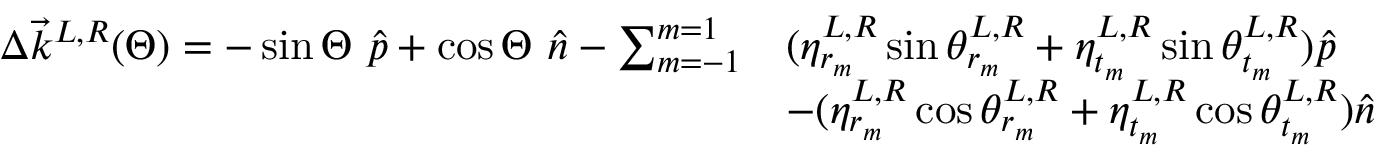
\begin{array} { r l } { \Delta \Vec { k } ^ { L , R } ( \Theta ) = - \sin \Theta \ \hat { p } + \cos \Theta \ \hat { n } - \sum _ { m = - 1 } ^ { m = 1 } } & { ( \eta _ { r _ { m } } ^ { L , R } \sin \theta _ { r _ { m } } ^ { L , R } + \eta _ { { t _ { m } } } ^ { L , R } \sin \theta _ { t _ { m } } ^ { L , R } ) \hat { p } } \\ & { - ( \eta _ { r _ { m } } ^ { L , R } \cos \theta _ { r _ { m } } ^ { L , R } + \eta _ { { t _ { m } } } ^ { L , R } \cos \theta _ { t _ { m } } ^ { L , R } ) \hat { n } } \end{array}